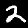
Label: 2